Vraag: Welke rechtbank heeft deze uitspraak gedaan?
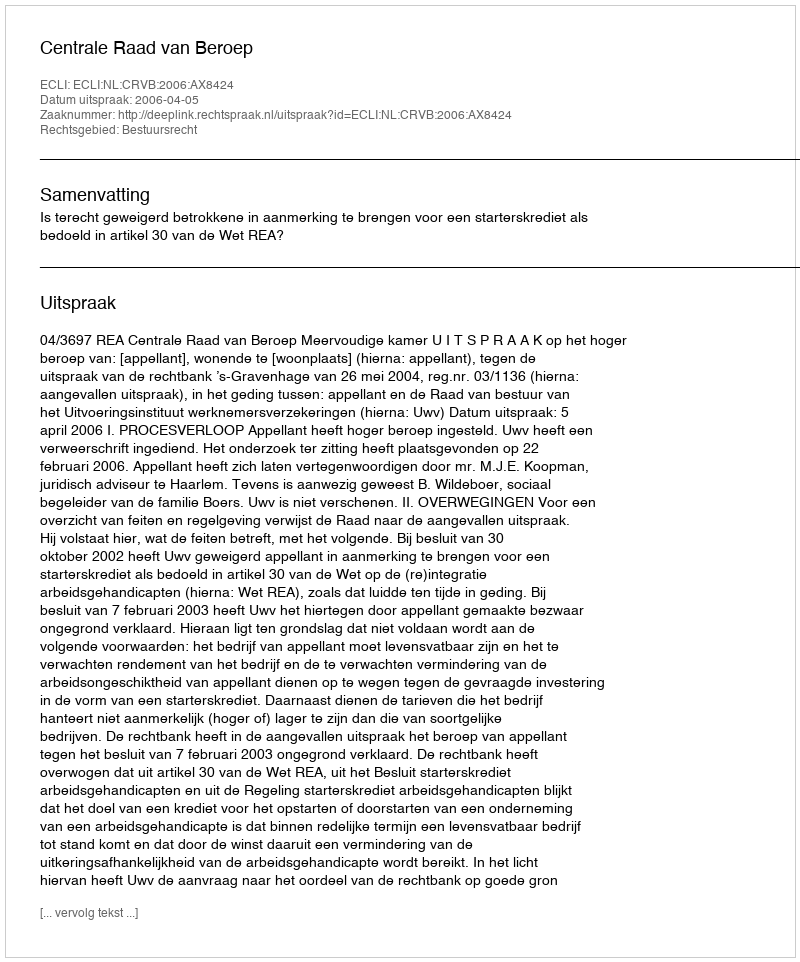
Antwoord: Centrale Raad van Beroep